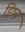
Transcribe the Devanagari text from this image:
ड्रिष्य